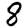
Digit: 8